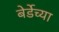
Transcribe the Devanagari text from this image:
बेर्डेच्या